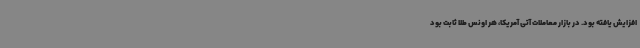
افزایش یافته بود. در بازار معاملات آتی آمریکا، هر اونس طلا ثابت بود